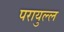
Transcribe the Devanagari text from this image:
परायुल्ल